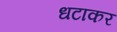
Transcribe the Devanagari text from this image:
धटाकर